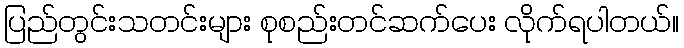
ပြည်တွင်းသတင်းများ စုစည်းတင်ဆက်ပေး လိုက်ရပါတယ်။